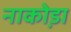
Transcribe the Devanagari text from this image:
नाका़ेडा